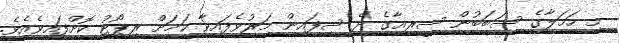
މި ހަމަލާގެ ސަބަބުން ސީރިއާގެ ދެ ސިފައިން މަރުވެފައިވާ ކަމަށް ރިޕޯޓު ކޮށްފައިވެއެވެ.